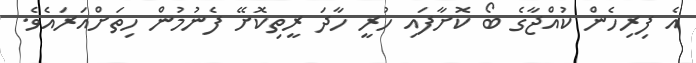
އެ ފިރިހެން ކުއްޖާގެ ބޯ ކޮށާފައި ހުރީ ހާދަ ރީތިކޮށޭ ފެނުމުން ހިތަށްއަރައެވެ.